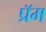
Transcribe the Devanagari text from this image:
प्रॅम